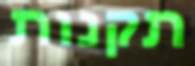
תקנות